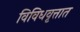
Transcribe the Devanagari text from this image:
विविधवृत्तात